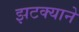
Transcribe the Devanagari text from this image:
झटक्‍याने